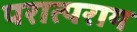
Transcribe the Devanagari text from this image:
परात्पराय